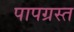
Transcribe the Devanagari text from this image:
पापग्रस्त